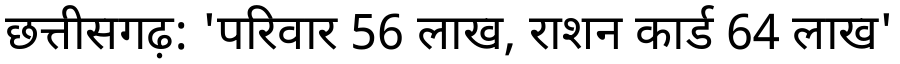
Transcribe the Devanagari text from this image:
छत्तीसगढ़: 'परिवार 56 लाख, राशन कार्ड 64 लाख'